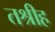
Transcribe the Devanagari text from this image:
तश्रीह